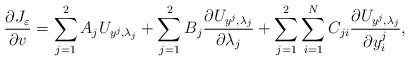
LaTeX: \begin{align*}\frac{\partial J_\varepsilon}{\partial v} = \sum_{j = 1}^2A_j U_{y^j, \lambda_j} + \sum_{j = 1}^2B_j \frac{\partial U_{y^j, \lambda_j}}{\partial \lambda_j} + \sum_{j = 1}^2\sum_{i = 1}^NC_{ji}\frac{\partial U_{y^j, \lambda_j}}{\partial y^j_i},\end{align*}